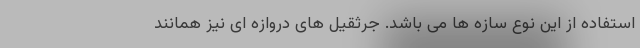
استفاده از این نوع سازه ها می باشد. جرثقیل های دروازه ای نیز همانند